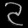
Digit: ၃